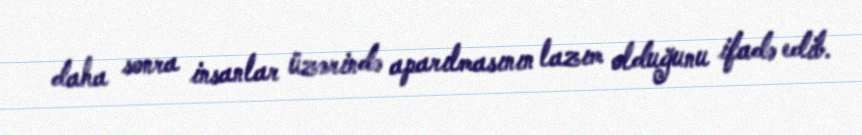
daha sonra insanlar üzərində aparılmasının lazım olduğunu ifadə edib.